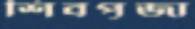
শিবপূজা